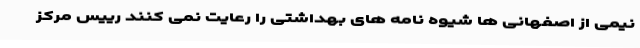
نیمی از اصفهانی ها شیوه نامه های بهداشتی را رعایت نمی کنند رییس مرکز